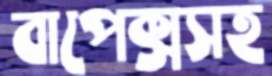
বাপেক্সসহ